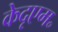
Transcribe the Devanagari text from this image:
केदृएम॰